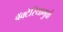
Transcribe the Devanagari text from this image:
बॅक्टेरियामुळे